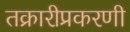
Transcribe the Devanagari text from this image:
तक्रारीप्रकरणी